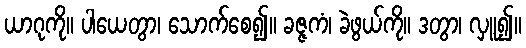
ယာဂုကို။ ပါယေတွာ၊ သောက်စေ၍။ ခဇ္ဇကံ၊ ခဲဖွယ်ကို။ ဒတွာ၊ လှူ၍။